画像に写った文字を読んでください
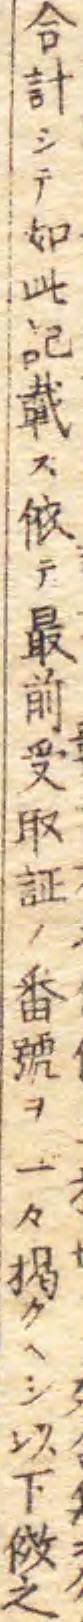
「合計シテ如此記載ス依テ最前受取証ノ番號ー々揭クヘシ以下傚之」と書いてあります